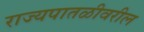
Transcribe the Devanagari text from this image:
राज्यपातळीवरील